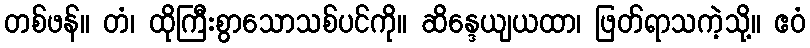
တစ်ဖန်။ တံ၊ ထိုကြီးစွာသောသစ်ပင်ကို။ ဆိန္ဒေယျယထာ၊ ဖြတ်ရာသကဲ့သို့။ ဧဝံ